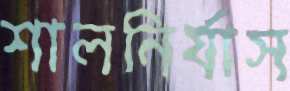
শালনির্যাস